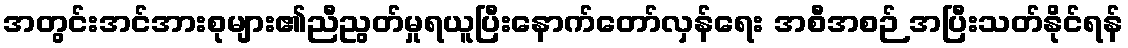
အတွင်းအင်အားစုများ၏ညီညွတ်မှုရယူပြီးနောက်တော်လှန်ရေး အစီအစဉ် အပြီးသတ်နိုင်ရန်